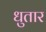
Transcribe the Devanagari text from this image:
धुतार